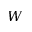
W